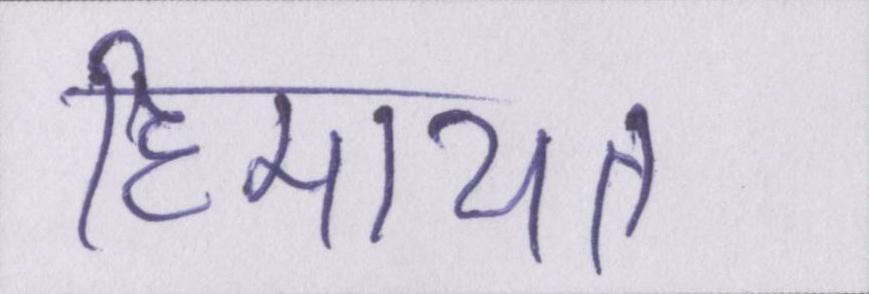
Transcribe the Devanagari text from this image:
हिमायत